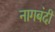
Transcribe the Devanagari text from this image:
नागबंदी